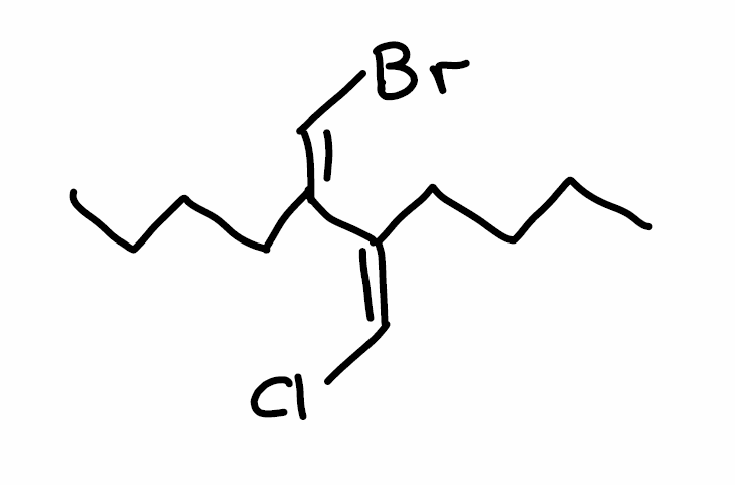
Simplified molecular-input line-entry system (SMILES) notation of the given molecule:
CCCC/C(=C/Cl)/C(=C\Br)/CCCC